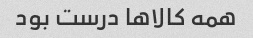
همه کالاها درست بود